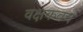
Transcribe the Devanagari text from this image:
वक्षकवच